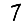
Digit: 7